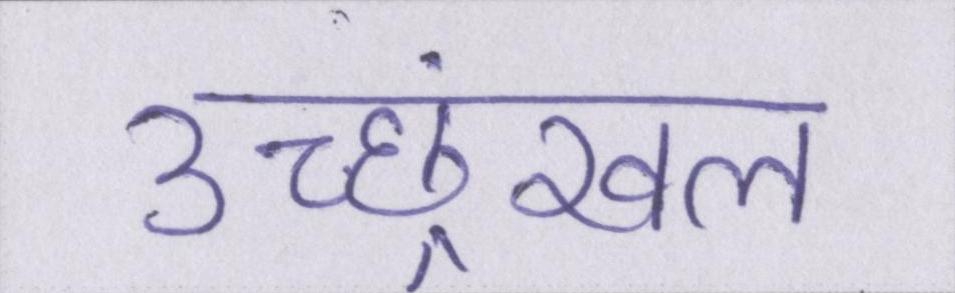
उच्छ्रंखल